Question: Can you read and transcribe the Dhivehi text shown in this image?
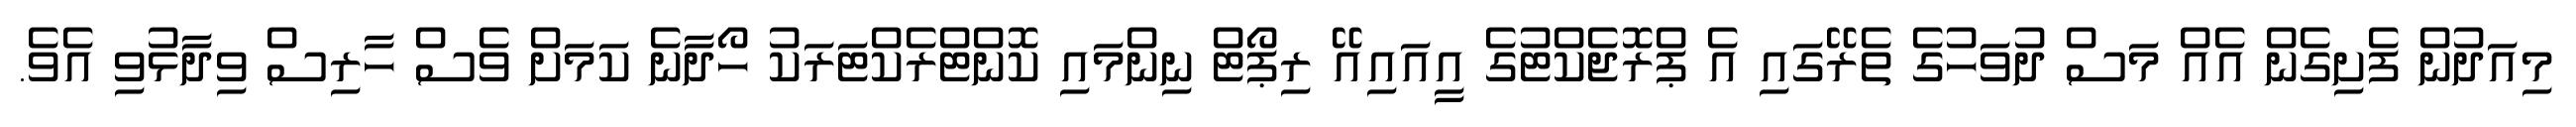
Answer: މިއަދުން ފެށިގެން އެއް މަސް ދުވަހުގެ ތެރޭގައި އެ ޕްރޮޖެކްޓުގެ އީއައިއޭ ރިޕޯޓް ނިންމައި ކޮންޓްރެކްޓަރަކު ހޯދާނެ ކަމަށް ވެސް ހާރިސް ވިދާޅުވި އެވެ.